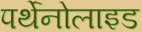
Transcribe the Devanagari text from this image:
पर्थेनोलाइड